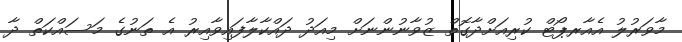
މާވަރުލު އެއާރޕޯޓް ކުރިއަށްދާގޮތް ޒުވާނުންނަށް މިއަދު ދައްކާލާފައިވާއިރު އެ ތަނުގެ މަސައްކަތް ދާ